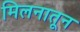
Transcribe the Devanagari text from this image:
मिलनातून